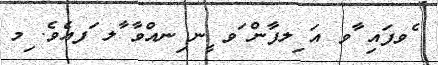
ެވފައި ާވ އަ ިލފާން ަވ ީނ ިނއްވާ ާލ ަފއެވެ. ިމ